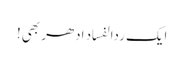
ایک ردالفساد ادھر بھی!